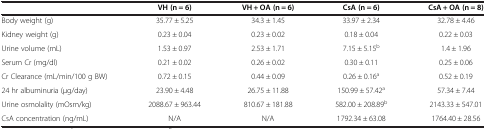
<table><thead><tr><td><b> </b></td><td><b>VH (n = 6)</b></td><td><b>VH + OA (n = 6)</b></td><td><b>CsA (n = 6)</b></td><td><b>CsA + OA (n = 8)</b></td></tr></thead><tbody><tr><td>Body weight (g)</td><td>35.77 ± 5.25</td><td>34.3 ± 1.45</td><td>33.97 ± 2.34</td><td>32.78 ± 4.46</td></tr><tr><td>Kidney weight (g)</td><td>0.23 ± 0.04</td><td>0.23 ± 0.02</td><td>0.18 ± 0.04</td><td>0.22 ± 0.03</td></tr><tr><td>Urine volume (mL)</td><td>1.53 ± 0.97</td><td>2.53 ± 1.71</td><td>7.15 ± 5.15<sup>b</sup></td><td>1.4 ± 1.96</td></tr><tr><td>Serum Cr (mg/dl)</td><td>0.21 ± 0.02</td><td>0.26 ± 0.02</td><td>0.30 ± 0.11</td><td>0.25 ± 0.06</td></tr><tr><td>Cr Clearance (mL/min/100 g BW)</td><td>0.72 ± 0.15</td><td>0.44 ± 0.09</td><td>0.26 ± 0.16<sup>a</sup></td><td>0.52 ± 0.19</td></tr><tr><td>24 hr albuminuria (μg/day)</td><td>23.90 ± 4.48</td><td>26.75 ± 11.88</td><td>150.99 ± 57.42<sup>a</sup></td><td>57.34 ± 7.44</td></tr><tr><td>Urine osmolality (mOsm/kg)</td><td>2088.67 ± 963.44</td><td>810.67 ± 181.88</td><td>582.00 ± 208.89<sup>b</sup></td><td>2143.33 ± 547.01</td></tr><tr><td>CsA concentration (ng/mL)</td><td>N/A</td><td>N/A</td><td>1792.34 ± 63.08</td><td>1764.40 ± 28.56</td></tr></tbody></table>